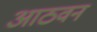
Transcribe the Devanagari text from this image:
आठवन